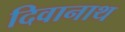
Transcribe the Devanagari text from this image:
दिवानाथ